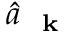
\hat { a } _ { \mathrm { ~ \bf ~ k ~ } }